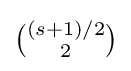
{\tbinom {(s+1)/2}{2}}